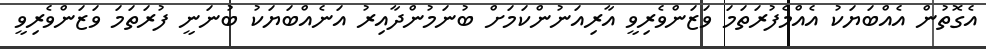
އެގޮތުން އެއްބަޔަކު އެއްމެފުރަތަމަ ވަޒަންވެރިވީ އާރިއަނުންކަމަށް ބުނަމުންދާއިރު އަނެއްބަޔަކު ބުނަނީ ފުރަތަމަ ވަޒަންވެރިވީ